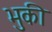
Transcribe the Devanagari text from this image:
भुकी